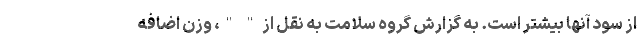
از سود آنها بیشتر است. به گزارش گروه سلامت به نقل از " "، وزن اضافه